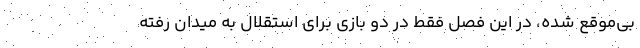
بی‌موقع شده، در این فصل فقط در دو بازی برای استقلال به میدان رفته